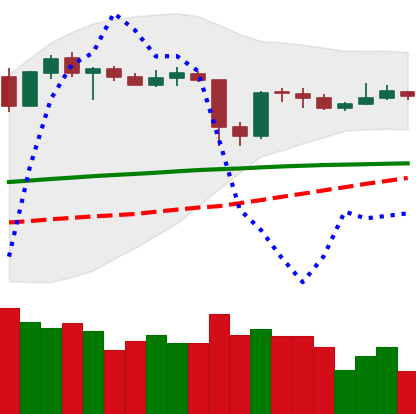
Ticker: XLM-USD
Chart end date: 2020-05-19
Forward return: -6.527%
Label: down_5_7